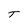
Character: T